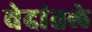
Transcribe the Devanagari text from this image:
वेदांतले